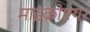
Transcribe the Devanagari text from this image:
माइक्रोएयर